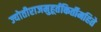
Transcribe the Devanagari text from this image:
ज्योतीराजमुहूर्तकिर्तीमहिते